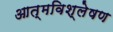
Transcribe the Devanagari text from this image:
आत्मविश्लेषण